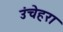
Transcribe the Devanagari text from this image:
उंचेहरा